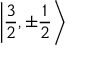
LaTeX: \left| { \frac { 3 } { 2 } } , \pm { \frac { 1 } { 2 } } \right\rangle